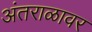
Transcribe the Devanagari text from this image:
अंतराळावर